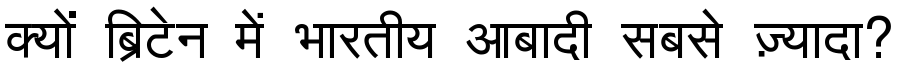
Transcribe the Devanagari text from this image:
क्यों ब्रिटेन में भारतीय आबादी सबसे ज़्यादा?